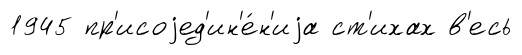
1945 пр'исоjед'ин'е́н'иjа ст'ихах в'есь